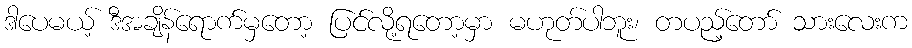
ဒါပေမယ့် ဒီအချိန်ရောက်မှတော့ ပြင်လို့ရတော့မှာ မဟုတ်ပါဘူး၊ တပည့်တော် သားလေးက